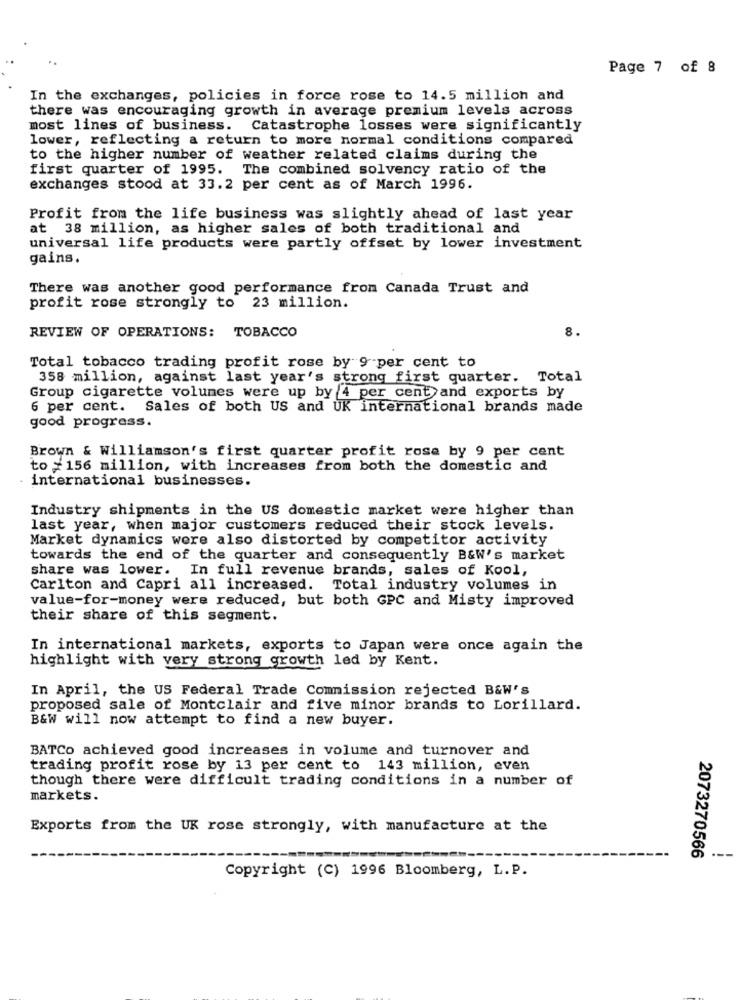
Page 7 of 8
In the exchanges, policies in force rose to 14.5 million and
there was encouraging growth in average premium levels across
most lines of business. Catastrophe losses were significantly
lower, reflecting a return to more normal conditions compared
to the higher number of weather related claims during the
first quarter of 1995. The combined solvency ratio of the
exchanges stood at 33.2 per cent as of March 1996.
Profit from the life business was slightly ahead of last year
at 38 million, as higher sales of both traditional and
universal life products were partly offset by lower investment
gains.
There was another good performance from Canada Trust and
profit rose strongly to 23 million.
8
REVIEW OF OPERATIONS: TOBACCO
Total tobacco trading profit rose by 9 per cent to
358 million, against last year's strong first quarter. Total
Group cigarette volunes were up by 4 per cent and exports by
6 per cent. Sales of both US and UK international brands made
good progress.
Brown & Williamson's first quarter profit rose by 9 per cent
to #156 million, with increases from both the domestic and
international businesses.
Industry shipments in the US domestic market were higher than
last year, when major customers reduced their stock levels.
Market dynamics were also distorted by competitor activity
towards the end of the quarter and consequently B&W's market
share was lower. In full revenue brands, sales of Kool,
Carlton and Capri all increased. Total industry volumes in
value-for-money were reduced, but both GPC and Misty improved
their share of this segment.
In international markets, exports to Japan were once again the
highlight with very strong growth led by Kent.
In April, the US Federal Trade Commission rejected B&W's
proposed sale of Montclair and five minor brands to Lorillard.
B&W will now attempt to find a new buyer.
BATCo achieved good increases in volume and turnover and
trading profit rose by 13 per cent to 143 million, even
though there were difficult trading conditions in a number of
markets.
Exports from the UK rose strongly, with manufacture at the
--
2073270566
Copyright (C) 1996 Bloomberg, L.P.